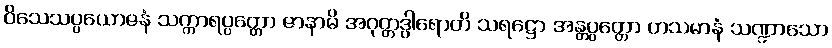
ဝိသေသပ္ပယောဇနံ သက္ကာရပ္ပတ္တော ဇာနာမိ အဂုတ္တဒွါရောတိ သရဋ္ဌော အန္တပ္ပတ္တော ဟသမာနံ သဏ္ဍာသော